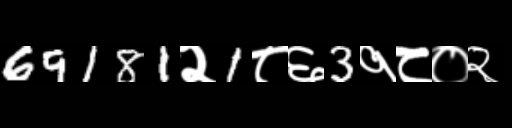
Text: 69181२1८६3१८०२